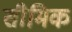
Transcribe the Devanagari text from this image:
सीमिक